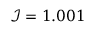
\mathcal { I } = 1 . 0 0 1